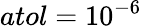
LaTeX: atol=10^{-6}